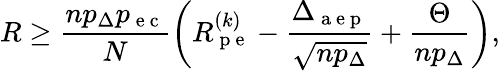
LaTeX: R\geq\frac{np_{\Delta}p_{\mathrm{~e~c~}}}{N}\left(R_{\mathrm{~p~e~}}^{(k)}-\frac{\Delta_{\mathrm{~a~e~p~}}}{\sqrt{np_{\Delta}}}+\frac{\Theta}{np_{\Delta}}\right),